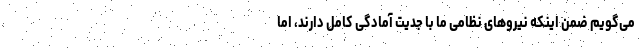
می‌گویم ضمن اینکه نیروهای نظامی ما با جدیت آمادگی کامل دارند، اما